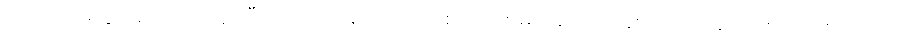
သူလည်းမသွားချင်တော့ဘူး ပြီးရင် ပြဿနာကတက် စကားကများဆိုတော့နှစ်ယောက်စလုံး စိတ်ညစ် ရ တယ်။